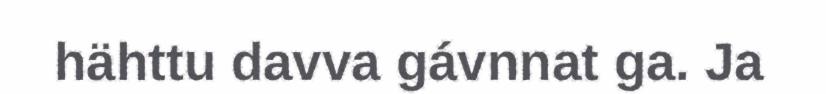
hähttu davva gávnnat ga. Ja